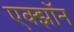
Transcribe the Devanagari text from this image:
एक्झॉन